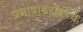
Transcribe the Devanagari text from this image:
प्रभावाबरोबरच